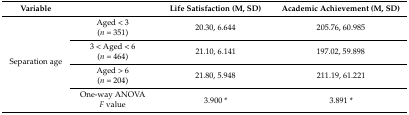
| Variable |  | Life Satisfaction (M, SD) | Academic Achievement (M, SD) |
 | --- | --- | --- | --- |
 | <ROWSPAN=8> Separation age | Aged < 3 | <ROWSPAN=2> 20.30, 6.644 | <ROWSPAN=2> 205.76, 60.985 |
 | (n = 351) |
 | 3 < Aged < 6 | <ROWSPAN=2> 21.10, 6.141 | <ROWSPAN=2> 197.02, 59.898 |
 | (n = 464) |
 | Aged > 6 | <ROWSPAN=2> 21.80, 5.948 | <ROWSPAN=2> 211.19, 61.221 |
 | (n = 204) |
 | One-way ANOVA | <ROWSPAN=2> 3.900 * | <ROWSPAN=2> 3.891 * |
 | F value |